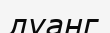
луанг